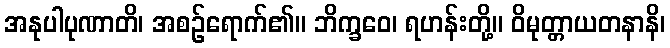
အနုပါပုဏာတိ၊ အစဉ်ရောက်၏။ ဘိက္ခဝေ၊ ရဟန်းတို့။ ဝိမုတ္တာယတနာနိ၊